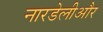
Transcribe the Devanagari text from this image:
नारडेलीऔर